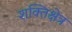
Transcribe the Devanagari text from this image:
शक्तिक्षेत्र